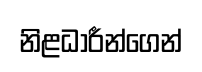
නිළධාරීන්ගෙන්